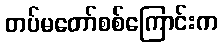
တပ်မတော်စစ်ကြောင်းက